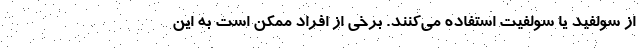
از سولفید یا سولفیت استفاده می‌کنند. برخی از افراد ممکن است به این